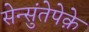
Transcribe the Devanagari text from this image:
सेन्सुंतेपेक़े